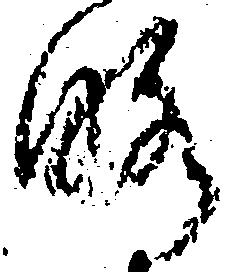
略